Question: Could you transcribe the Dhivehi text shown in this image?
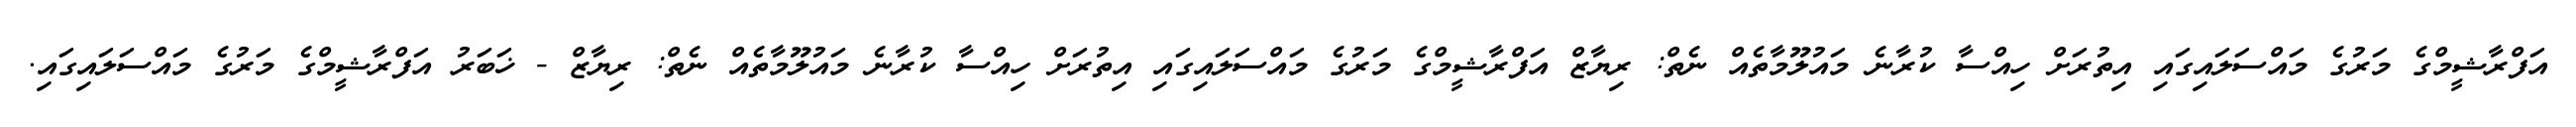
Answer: އަފްރާޝީމްގެ މަރުގެ މައްސަލައިގައި އިތުރަށް ހިއްސާ ކުރާނެ މައުލޫމާތެއް ނެތް: ރިޔާޒް އަފްރާޝީމްގެ މަރުގެ މައްސަލައިގައި އިތުރަށް ހިއްސާ ކުރާނެ މައުލޫމާތެއް ނެތް: ރިޔާޒް - ޚަބަރު އަފްރާޝީމްގެ މަރުގެ މައްސަލައިގައި.